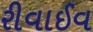
રીવાઈવ